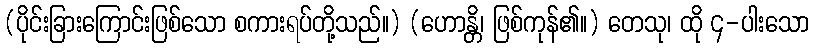
(ပိုင်းခြားကြောင်းဖြစ်သော စကားရပ်တို့သည်။) (ဟောန္တိ၊ ဖြစ်ကုန်၏။) တေသု၊ ထို ၄-ပါးသော